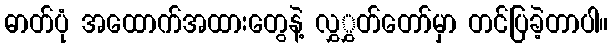
ဓာတ်ပုံ အထောက်အထားတွေနဲ့ လွှွှတ်တော်မှာ တင်ပြခဲ့တာပါ။